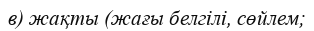
в) жақты (жағы белгілі, сөйлем;